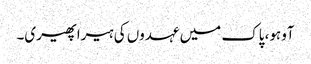
آوہو، پاک میں عہدوں کی ہیرا پھیری۔